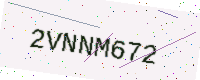
Text: 2VNNM672